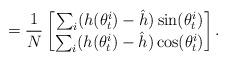
LaTeX: \begin{align*} = \frac{1}{N} \begin{bmatrix} \sum_{i}(h(\theta_t^i)-\hat{h})\sin(\theta_t^i) \\ \sum_{i}(h(\theta_t^i)-\hat{h})\cos(\theta_t^i) \end{bmatrix}. \end{align*}